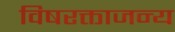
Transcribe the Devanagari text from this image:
विषरक्ताजन्य